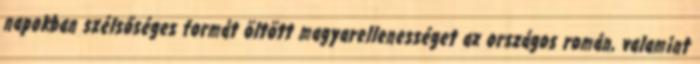
napokban szélsőséges formát öltött magyarellenességet az országos román, valamint